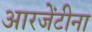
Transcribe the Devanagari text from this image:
आरजेंटीना